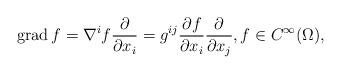
LaTeX: \begin{align*} \operatorname{grad} f = \nabla^i f \frac{\partial}{\partial x_i} = g^{ij} \frac{\partial f}{\partial x_i} \frac{\partial}{\partial x_j},f \in C^{\infty}(\Omega),\end{align*}